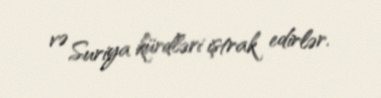
və Suriya kürdləri iştrak edirlər.